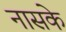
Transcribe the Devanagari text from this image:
नासके